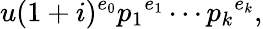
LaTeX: u(1+i)^{e_{0}}{p_{1}}^{e_{1}}\cdots{p_{k}}^{e_{k}},